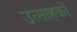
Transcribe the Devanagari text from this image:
उत्साहकों